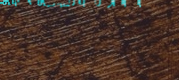
محلات هدايا ومجوهرات فاخر